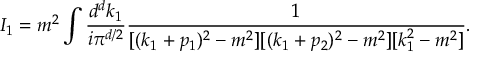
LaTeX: I _ { 1 } = m ^ { 2 } \int \frac { d ^ { d } k _ { 1 } } { i \pi ^ { d / 2 } } \frac { 1 } { [ ( k _ { 1 } + p _ { 1 } ) ^ { 2 } - m ^ { 2 } ] [ ( k _ { 1 } + p _ { 2 } ) ^ { 2 } - m ^ { 2 } ] [ k _ { 1 } ^ { 2 } - m ^ { 2 } ] } .